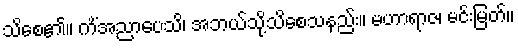
သိစေ၏။ ကိံအညာပေသိ၊ အဘယ်သို့သိစေသနည်း။ မဟာရာဇ၊ မင်းမြတ်။